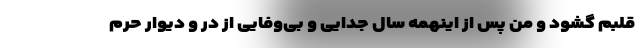
قلبم گشود و من پس از اینهمه سال جدایی و بی‌وفایی از در و دیوار حرم